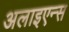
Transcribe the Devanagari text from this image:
अलाइएन्स